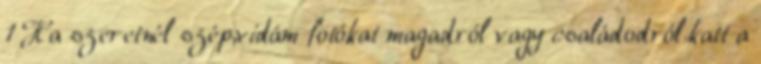
1 Ha szeretnél szép,vidám fotókat magadról vagy családodról.katt a